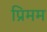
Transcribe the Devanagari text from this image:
प्रिमम